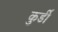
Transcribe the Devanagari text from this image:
कुर्डी